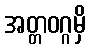
အတ္တဝဂ္ဂမှိ